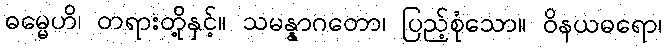
ဓမ္မေဟိ၊ တရားတို့နှင့်။ သမန္နာဂတော၊ ပြည့်စုံသော။ ဝိနယဓရော၊